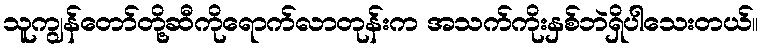
သူကျွန်တော်တို့ဆီကိုရောက်လာတုန်းက အသက်ကိုးနှစ်ဘဲရှိပါသေးတယ်။